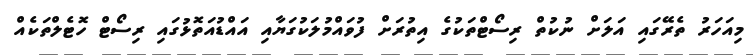
މިއަހަރު ތެރޭގައި އަލަށް ނުކުތް ރިސޯޓްތަކުގެ އިތުރަށް ފުވައްމުލަކުގަޔާއި އައްޑުއަތޮޅުގައި ރިސޯޓް ހޮޓެލްތަކެއް